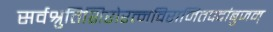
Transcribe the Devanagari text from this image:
सर्वश्रुतिशिरोरत्नविराजितपदांबुजम्